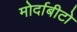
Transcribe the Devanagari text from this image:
मोर्दाबीटो